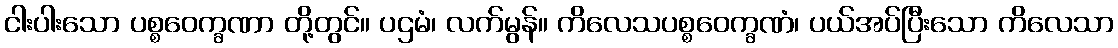
ငါးပါးသော ပစ္စဝေက္ခဏာ တို့တွင်။ ပဌမံ၊ လက်မွန်။ ကိလေသပစ္စဝေက္ခဏံ၊ ပယ်အပ်ပြီးသော ကိလေသာ